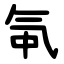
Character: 㲴